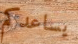
يساعدكم